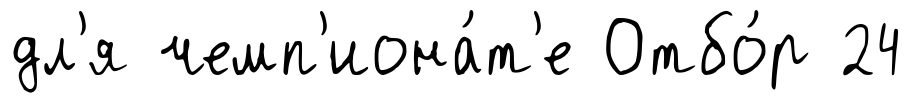
дл'я чемп'иона́т'е Отбо́р 24